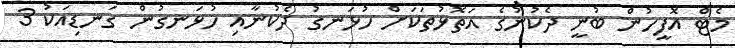
މެޓް އޮފީހުން ބުނީ ދެކުނުގެ އަތޮޅުތަކަށް ހުޅަނގު ދެކުނާއި ހުޅަނގުން ގަނޑިއަކު 3